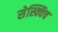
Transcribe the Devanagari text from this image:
सेस्क्विच